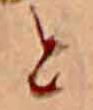
と